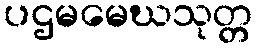
ပဌမမေဃသုတ္တ